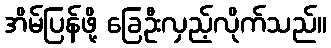
အိမ်ပြန်ဖို့ ခြေဦးလှည့်လိုက်သည်။